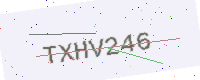
Text: TXHV246